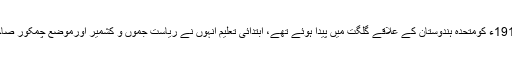
قدرت اللہ شہاب26 فروری1917ء کومتحدہ ہندوستان کے علاقے گلگت میں پیدا ہوئے تھے، ابتدائی تعلیم انہوں نے ریاست جموں و کشمیر اورموضع چمکور صاحب ضلع انبالہ میں حاصل کی۔